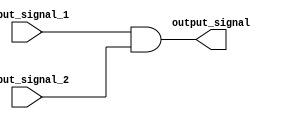
module GenerateFunction (
    input input_signal_1,
    input input_signal_2,
    output output_signal
);

assign output_signal = input_signal_1 & input_signal_2;

endmodule